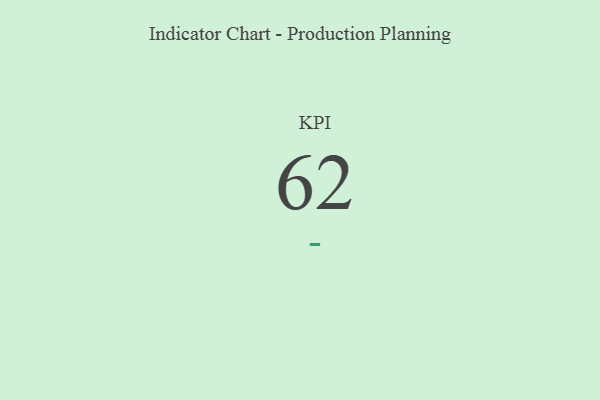
{"axis": {"x": "KPI", "y": "Value"}, "legend": [""], "data": [{"x": "KPI", "y": 62, "type": ""}]}